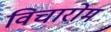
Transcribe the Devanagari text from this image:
विचारोम